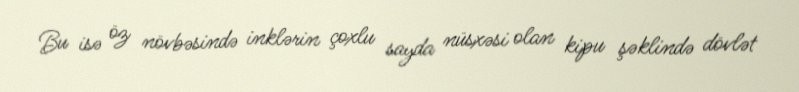
Bu isə öz növbəsində inklərin çoxlu sayda nüsxəsi olan kipu şəklində dövlət